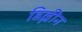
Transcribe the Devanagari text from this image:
डिल्लीन